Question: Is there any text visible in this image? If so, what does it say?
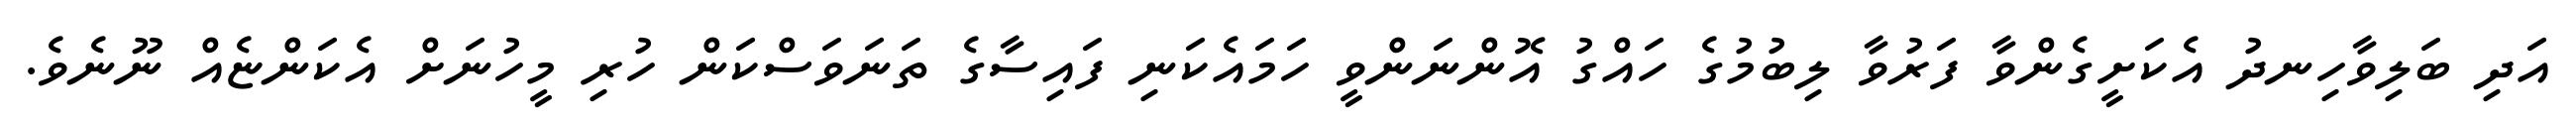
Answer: އަދި ބަލިވާހިނދު އެކަށީގެންވާ ފަރުވާ ލިބުމުގެ ހައްގު އޮންނަންވީ ހަމައެކަނި ފައިސާގެ ތަނަވަސްކަން ހުރި މީހުނަށް އެކަންޏެއް ނޫނެވެ.